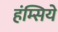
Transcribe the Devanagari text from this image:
हंम्सिये